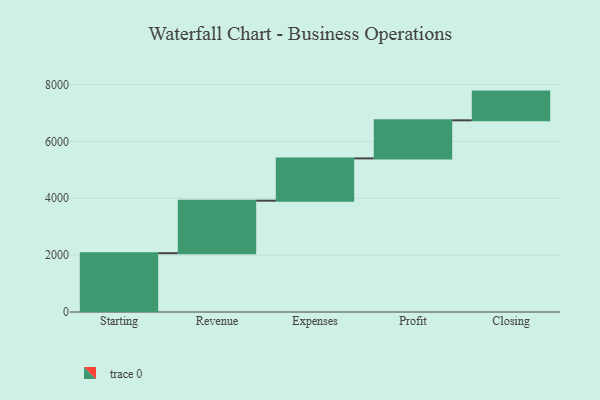
{"axis": {"x": "Step", "y": "Value"}, "legend": [""], "data": [{"x": "Starting", "y": 2069.0, "type": ""}, {"x": "Revenue", "y": 1846.0, "type": ""}, {"x": "Expenses", "y": 1487.0, "type": ""}, {"x": "Profit", "y": 1339.0, "type": ""}, {"x": "Closing", "y": 1010.0, "type": ""}]}